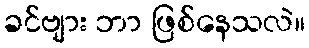
ခင်ဗျား ဘာ ဖြစ်နေသလဲ။